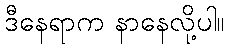
ဒီနေရာက နာနေလို့ပါ။